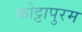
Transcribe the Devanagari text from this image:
कोट्टापुरम